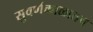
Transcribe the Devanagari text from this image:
सुवर्णकाळातच